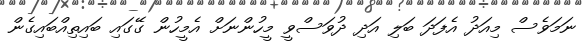
ނަމަވެސް މިއަދު އެފަދަ ބަލި އަދި ދުވަސްވީ މީހުންނަށް އެމީހުން ގޭގައި ބައިތިއްބައިގެން